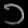
Digit: ၁